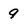
Character: 9